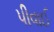
પીવાઈ